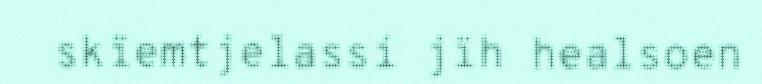
skïemtjelassi jïh healsoen